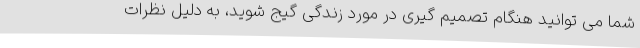
شما می توانید هنگام تصمیم گیری در مورد زندگی گیج شوید، به دلیل نظرات